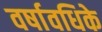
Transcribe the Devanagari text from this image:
वर्षावधिके